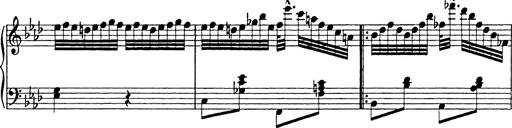
Title: 8 Variations
Composer: Franz Liszt
Key: A-flat major